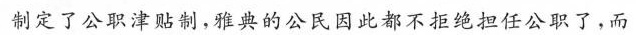
制定了公职津贴制，雅典的公民因此都不拒绝担任公职了，而